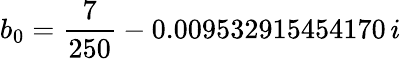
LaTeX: b_{0}=\frac{7}{250}-0.009532915454170\, i